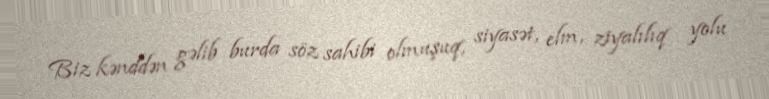
Biz kənddən gəlib burda söz sahibi olmuşuq, siyasət, elm, ziyalılıq yolu